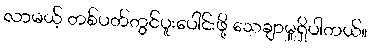
လာမယ့် တစ်ပတ်တွင်ပူးပေါင်းဖို့ သေချာမှုရှိပါတယ်။